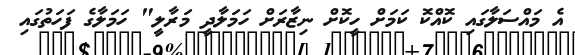
އެ މައްސަލާގައި ކޮއްކޮ ކަމަށް ހީކޮށް ނިޒާރަށް ހަމަލާދީ މަރާލީ" ހަމަލާގެ ފަހަތުގައި